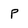
Character: p